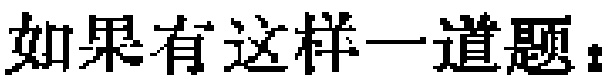
如果有这样一道题：